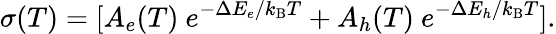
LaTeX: \sigma(T)=[A_{e}(T)\ e^{-\Delta E_{e}/k_{\mathrm{B}}T}+A_{h}(T)\ e^{-\Delta E_{h}/k_{\mathrm{B}}T}].